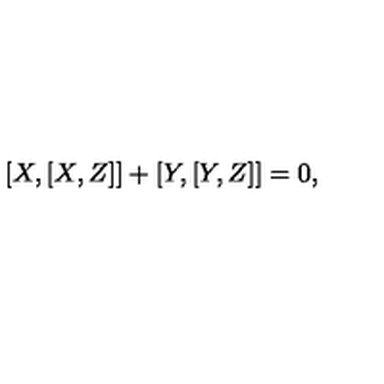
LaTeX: [ X , [ X , Z ] ] + [ Y , [ Y , Z ] ] = 0 ,